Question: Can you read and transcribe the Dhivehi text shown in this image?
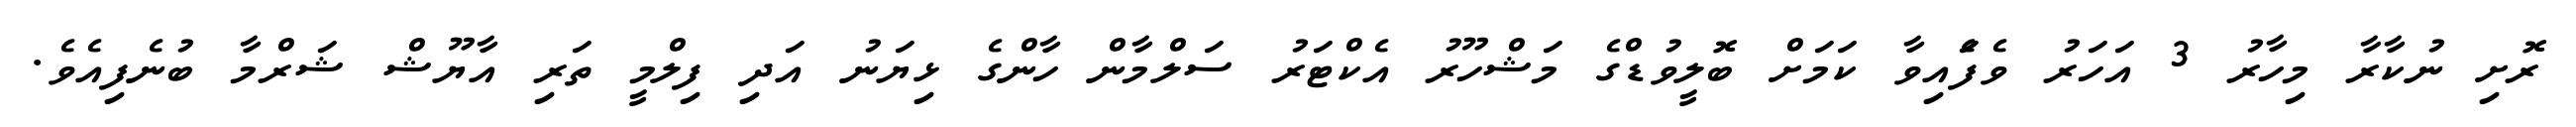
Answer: ރޮށި ނުކާރާ މިހާރު 3 އަހަރު ވެފެައިވާ ކަމަށް ބޮލީވުޑްގެ މަޝްހޫރު އެކްޓަރު ސަލްމާން ހާންގެ ޅިޔަނު އަދި ފިލްމީ ތަރި އާޔޫޝް ޝަރްމާ ބުނެފިއެވެ.